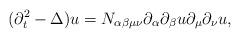
LaTeX: \begin{align*}(\partial_t^2-\Delta)u=N_{\alpha\beta\mu\nu}\partial_{\alpha} \partial_{\beta} u \partial_{\mu}\partial_{\nu} u,\end{align*}